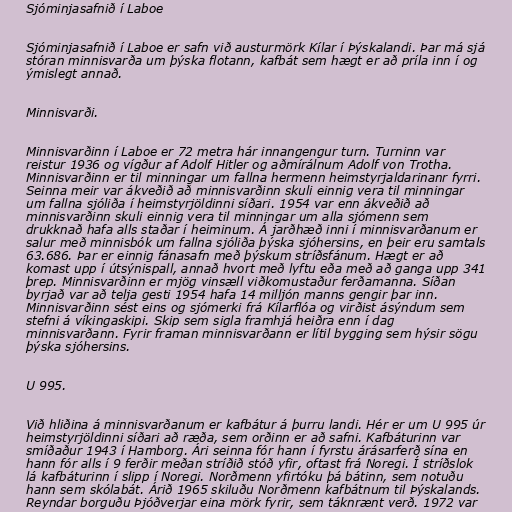
Sjóminjasafnið í Laboe

Sjóminjasafnið í Laboe er safn við austurmörk Kílar í Þýskalandi. Þar má sjá
stóran minnisvarða um þýska flotann, kafbát sem hægt er að príla inn í og
ýmislegt annað.

Minnisvarði.

Minnisvarðinn í Laboe er 72 metra hár innangengur turn. Turninn var
reistur 1936 og vígður af Adolf Hitler og aðmírálnum Adolf von Trotha.
Minnisvarðinn er til minningar um fallna hermenn heimstyrjaldarinanr fyrri.
Seinna meir var ákveðið að minnisvarðinn skuli einnig vera til minningar
um fallna sjóliða í heimstyrjöldinni síðari. 1954 var enn ákveðið að
minnisvarðinn skuli einnig vera til minningar um alla sjómenn sem
drukknað hafa alls staðar í heiminum. Á jarðhæð inni í minnisvarðanum er
salur með minnisbók um fallna sjóliða þýska sjóhersins, en þeir eru samtals
63.686. Þar er einnig fánasafn með þýskum stríðsfánum. Hægt er að
komast upp í útsýnispall, annað hvort með lyftu eða með að ganga upp 341
þrep. Minnisvarðinn er mjög vinsæll viðkomustaður ferðamanna. Síðan
byrjað var að telja gesti 1954 hafa 14 milljón manns gengir þar inn.
Minnisvarðinn sést eins og sjómerki frá Kílarflóa og virðist ásýndum sem
stefni á víkingaskipi. Skip sem sigla framhjá heiðra enn í dag
minnisvarðann. Fyrir framan minnisvarðann er lítil bygging sem hýsir sögu
þýska sjóhersins.

U 995.

Við hliðina á minnisvarðanum er kafbátur á þurru landi. Hér er um U 995 úr
heimstyrjöldinni síðari að ræða, sem orðinn er að safni. Kafbáturinn var
smíðaður 1943 í Hamborg. Ári seinna fór hann í fyrstu árásarferð sína en
hann fór alls í 9 ferðir meðan stríðið stóð yfir, oftast frá Noregi. Í stríðslok
lá kafbáturinn í slipp í Noregi. Norðmenn yfirtóku þá bátinn, sem notuðu
hann sem skólabát. Árið 1965 skiluðu Norðmenn kafbátnum til Þýskalands.
Reyndar borguðu Þjóðverjar eina mörk fyrir, sem táknrænt verð. 1972 var